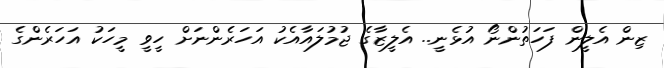
ޒިން އެލީން ފަހަތުންނޯ އުޅެނީ.. އެލީޒާގެ ޖުމުލައާއެކު އަހަރެންނަށް ހީވީ މީހަކު އަހަރެންގެ